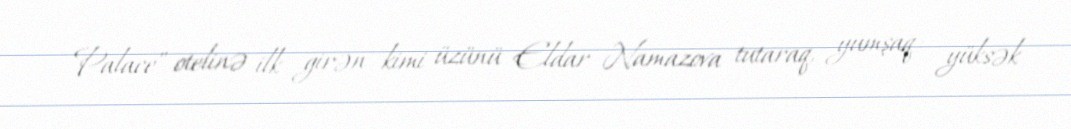
Palace” otelinə ilk girən kimi üzünü Eldar Namazova tutaraq, yumşaq - yüksək